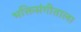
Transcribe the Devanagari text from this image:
भक्तिसंगीताला